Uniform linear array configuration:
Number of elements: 4
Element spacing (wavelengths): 0.75
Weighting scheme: exponential
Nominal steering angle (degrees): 45
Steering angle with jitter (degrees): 46.953
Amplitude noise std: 0.05
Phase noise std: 0.05

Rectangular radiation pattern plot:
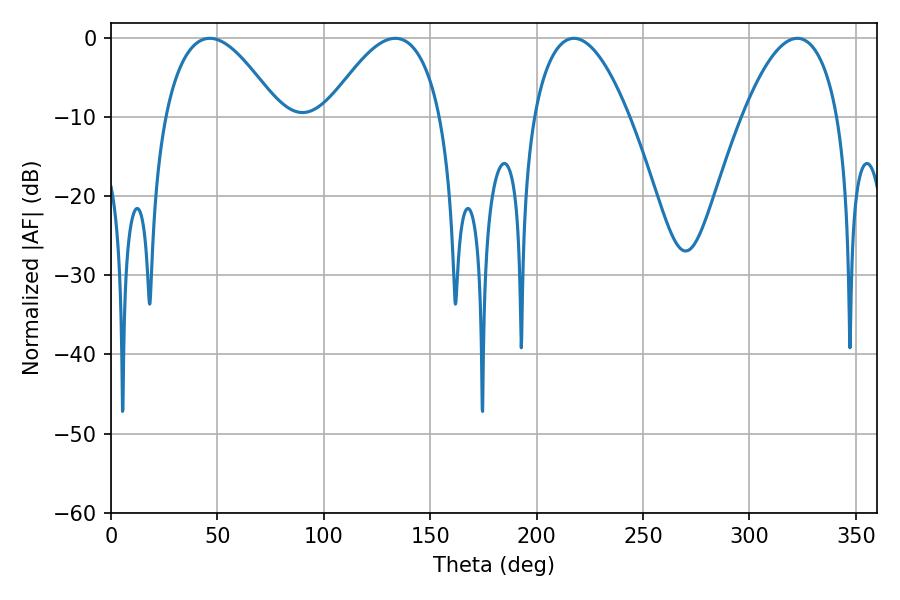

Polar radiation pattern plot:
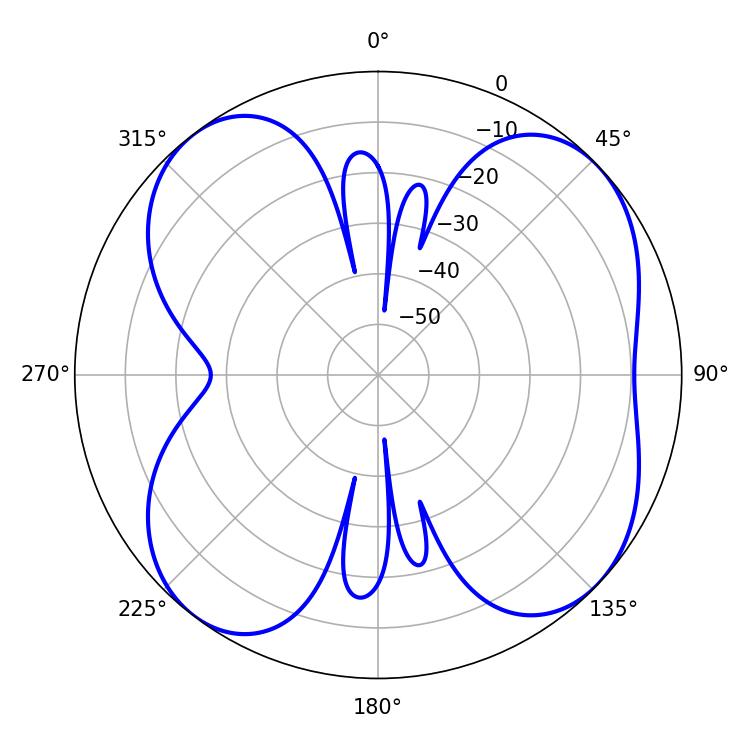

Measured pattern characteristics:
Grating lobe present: TRUE
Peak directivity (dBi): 8.607
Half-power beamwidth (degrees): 29.52
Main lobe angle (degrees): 46.44